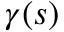
\gamma ( s )